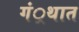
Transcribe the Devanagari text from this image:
गं्रथात